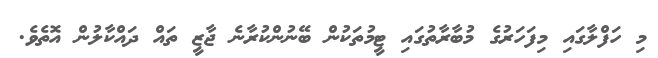
މި ހަފްލާގައި މިފަހަރުގެ މުބާރާތުގައި ޓީމުތަކުން ބޭނުންކުރާނެ ޖާޒީ ތައް ދައްކާލުން އޮތެވެ.